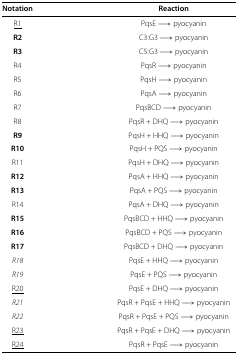
| Notation | Reaction |
 | --- | --- |
 | <underline>R1</underline> | PqsE → pyocyanin |
 | R2 | C3:G3 → pyocyanin |
 | R3 | C5:G3 → pyocyanin |
 | R4 | PqsR → pyocyanin |
 | R5 | PqsH → pyocyanin |
 | R6 | PqsA → pyocyanin |
 | R7 | PqsBCD → pyocyanin |
 | R8 | PqsR + DHQ → pyocyanin |
 | R9 | PqsH + HHQ → pyocyanin |
 | R10 | PqsH + PQS → pyocyanin |
 | R11 | PqsH + DHQ → pyocyanin |
 | R12 | PqsA + HHQ → pyocyanin |
 | R13 | PqsA + PQS → pyocyanin |
 | R14 | PqsA + DHQ → pyocyanin |
 | R15 | PqsBCD + HHQ → pyocyanin |
 | R16 | PqsBCD + PQS → pyocyanin |
 | R17 | PqsBCD + DHQ → pyocyanin |
 | R18 | PqsE + HHQ → pyocyanin |
 | R19 | PqsE + PQS → pyocyanin |
 | <underline>R20</underline> | PqsE + DHQ → pyocyanin |
 | R21 | PqsR + PqsE + HHQ → pyocyanin |
 | R22 | PqsR + PqsE + PQS → pyocyanin |
 | <underline>R23</underline> | PqsR + PqsE + DHQ → pyocyanin |
 | <underline>R24</underline> | PqsR + PqsE → pyocyanin |